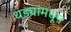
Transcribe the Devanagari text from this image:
धड्यांमधून